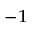
^ { - 1 }